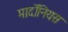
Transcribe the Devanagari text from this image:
मार्दोंनियस